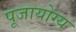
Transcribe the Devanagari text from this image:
पूजायोग्य